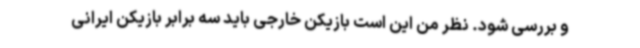
و بررسی شود. نظر من این است بازیکن خارجی باید سه برابر بازیکن ایرانی